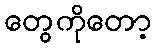
တွေကိုတော့